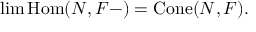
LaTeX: \operatorname* { l i m } \operatorname { H o m } ( N , F - ) = \operatorname { C o n e } ( N , F ) .